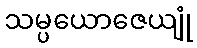
သမ္ပယောဇေယျုံ